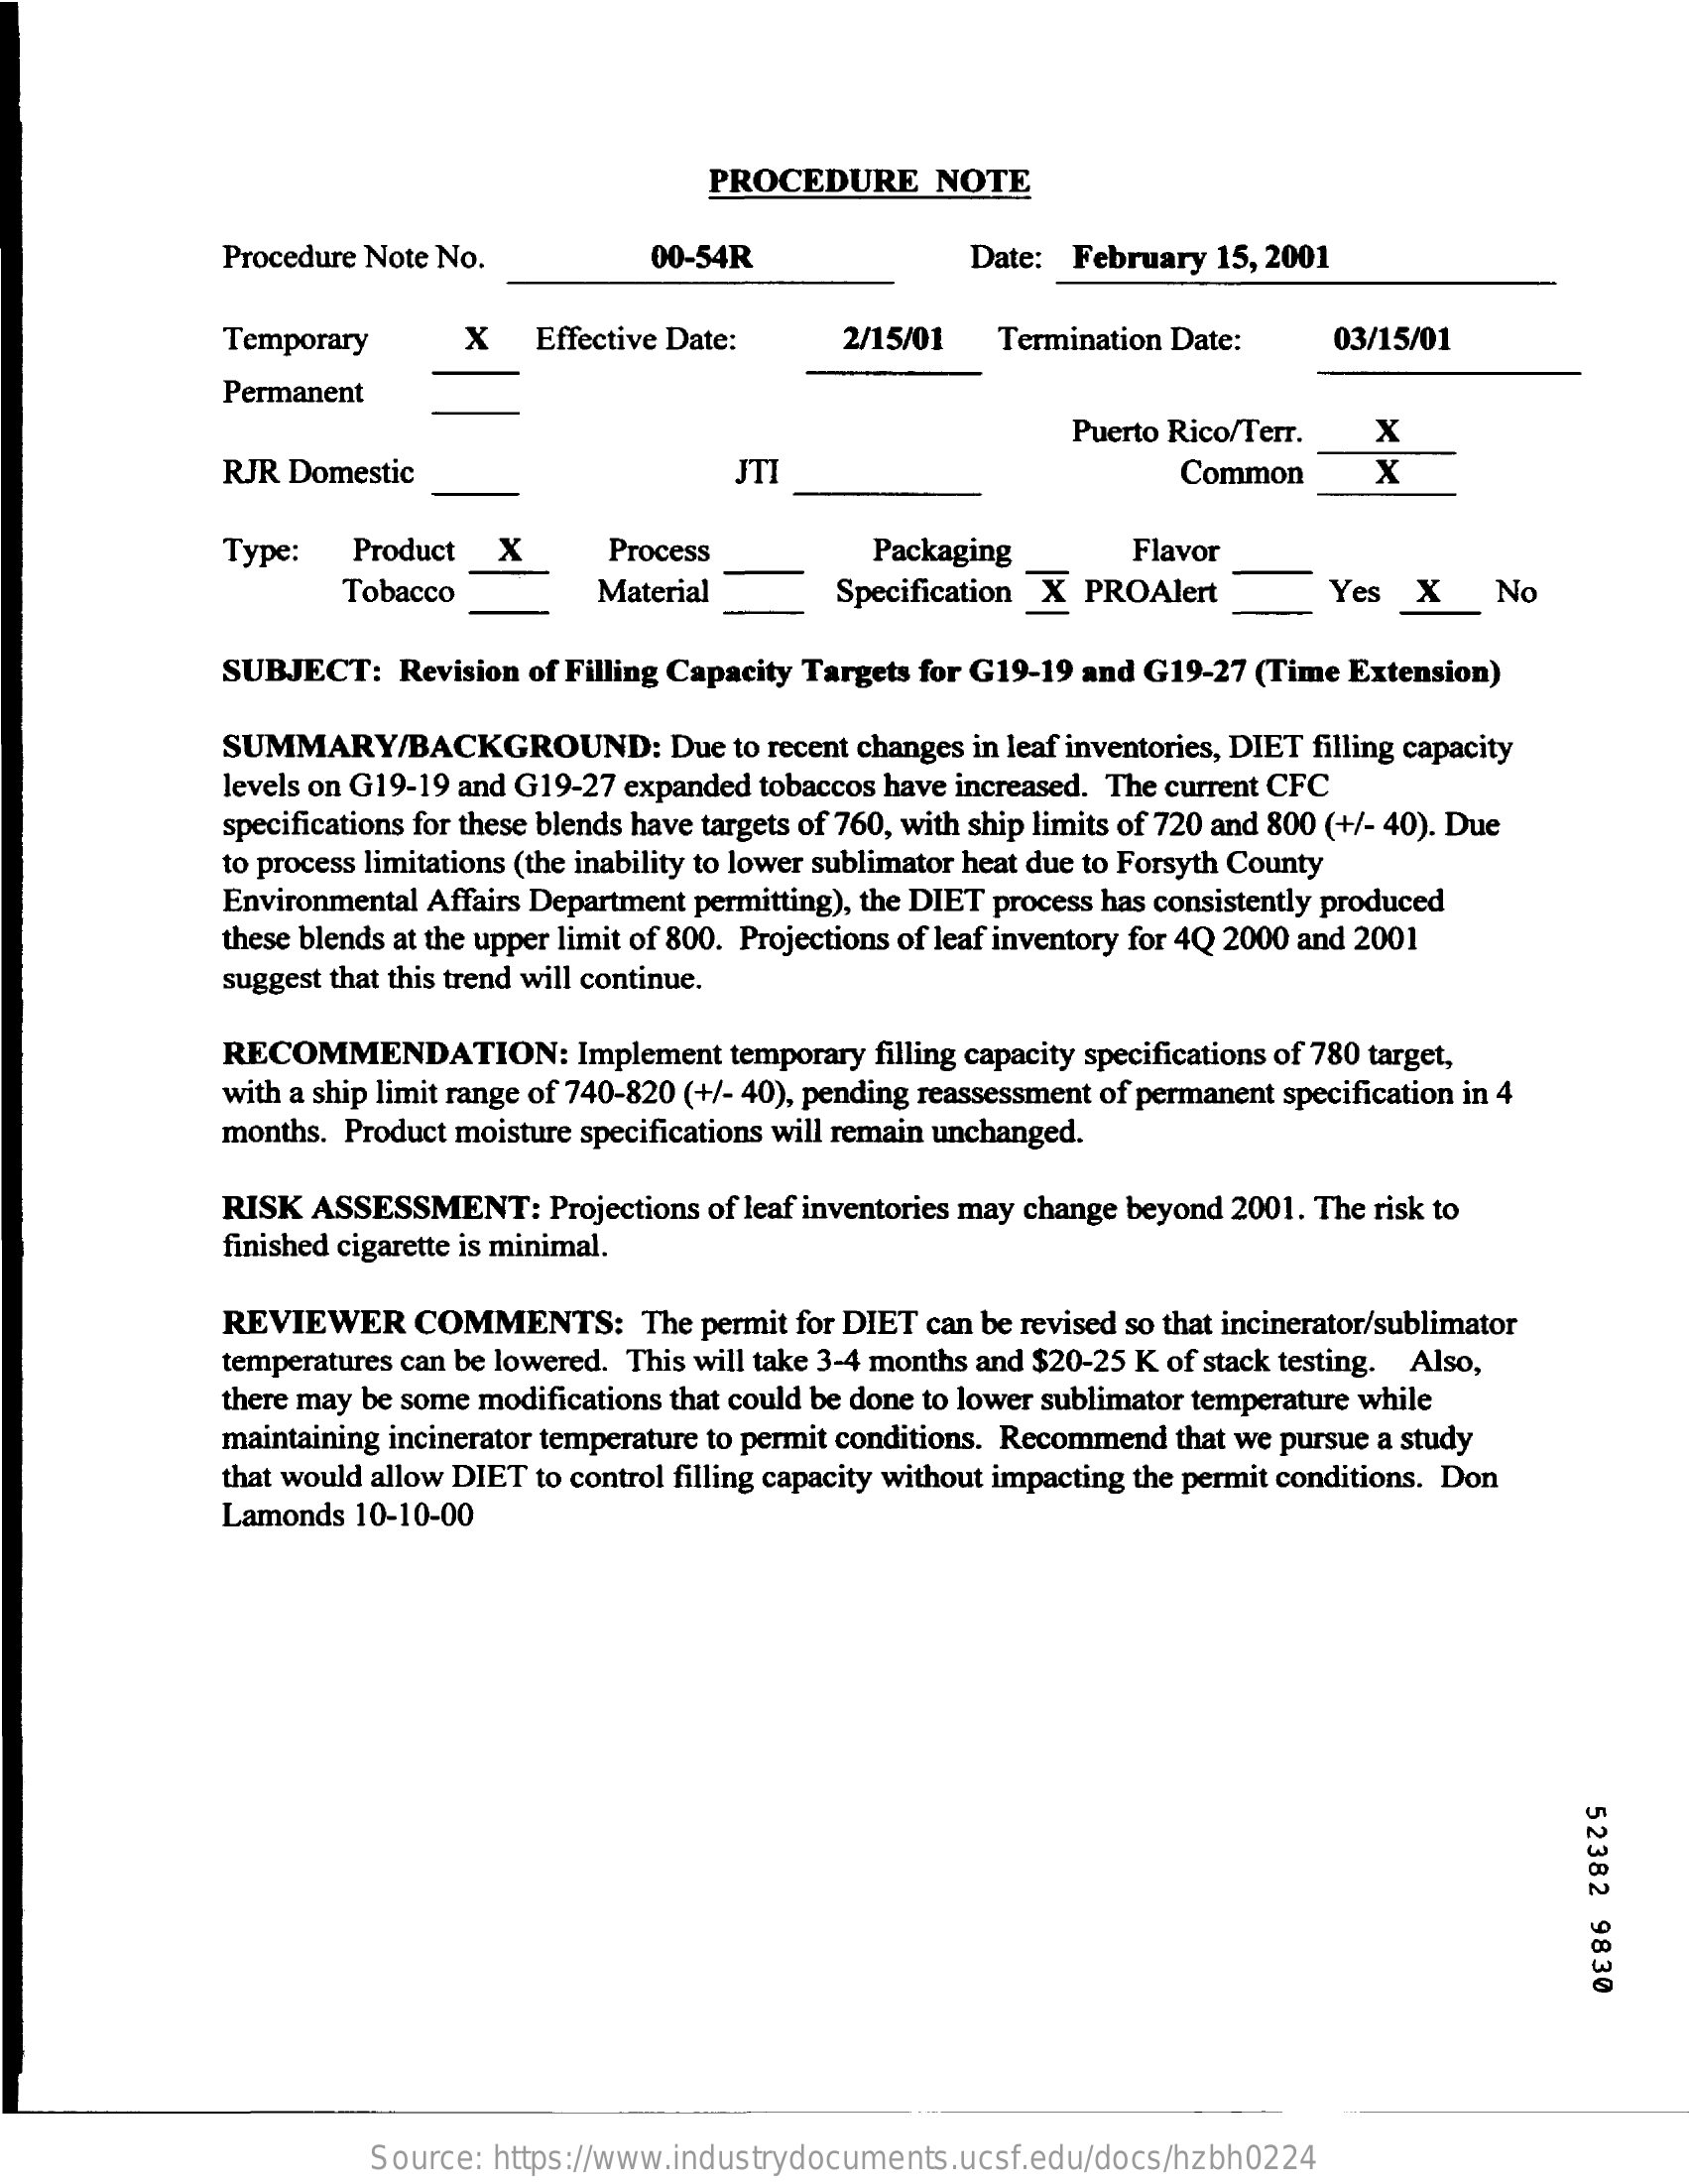
PROCEDURE    NOTE
     Procedure Note No.    00-54R    Date: February 15, 2001
     Temporary    X   Effective Date:    2/15/01   Termination Date:    03/15/01
     Permanent
     Puerto Rico/Terr.  X
     RJR Domestic    JTI    Common    X
     Type:    Product  X    Process    Packaging    Flavor
     Tobacco    Material    Specification X PROAlert    Yes  X    No
     SUBJECT:   Revision of Filling Capacity Targets for G19-19 and G19-27 (Time Extension)
     SUMMARY/BACKGROUND:    Due to recent changes in leaf inventories, DIET filling capacity
     levels on G19-19 and G19-27 expanded tobaccos have increased. The current CFC
     specifications for these blends have targets of 760, with ship limits of 720 and 800 (+/- 40). Due
     to process limitations (the inability to lower sublimator heat due to Forsyth County
     Environmental Affairs Department permitting), the DIET process has consistently produced
     these blends at the upper limit of 800. Projections of leaf inventory for 4Q 2000 and 2001
     suggest that this trend will continue.
     RECOMMENDATION:    Implement temporary filling capacity specifications of 780 target,
     with a ship limit range of 740-820 (+/- 40), pending reassessment of permanent specification in 4
     months. Product moisture specifications will remain unchanged.
     RISK  ASSESSMENT:    Projections of leaf inventories may change beyond 2001. The risk to
     finished cigarette is minimal.
     REVIEWER    COMMENTS:    The permit for DIET can be revised so that incinerator/sublimator
     temperatures can be lowered. This will take 3-4 months and $20-25 K of stack testing. Also,
     there may be some modifications that could be done to lower sublimator temperature while
     maintaining incinerator temperature to permit conditions. Recommend that we pursue a study
     that would allow DIET to control filling capacity without impacting the permit conditions. Don
     Lamonds  10-10-00
     52382
     9830
     Source: https://www.industrydocuments.ucsf.edu/docs/hzbh0224